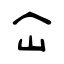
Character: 屳